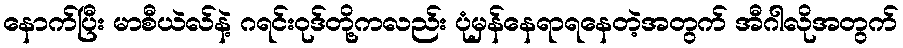
နောက်ပြီး မာစီယဲလ်နဲ့ ဂရင်းဝုဒ်တို့ကလည်း ပုံမှန်နေရာရနေတဲ့အတွက် အီဂါလိုအတွက်